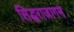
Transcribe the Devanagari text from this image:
सिद्धराजागम